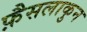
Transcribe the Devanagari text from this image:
फ़ैसलाकुन